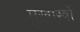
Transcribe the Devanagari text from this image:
मुखास्त्रों